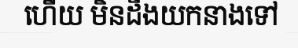
ហើយ មិនដឹងយកនាងទៅ